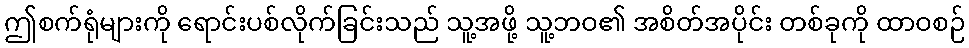
ဤစက်ရုံများကို ရောင်းပစ်လိုက်ခြင်းသည် သူ့အဖို့ သူ့ဘဝ၏ အစိတ်အပိုင်း တစ်ခုကို ထာဝစဉ်